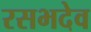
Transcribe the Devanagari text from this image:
रसभदेव